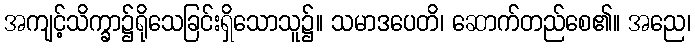
အကျင့်သိက္ခာ၌ရိုသေခြင်းရှိသောသူ၌။ သမာဒပေတိ၊ ဆောက်တည်စေ၏။ အညေ၊